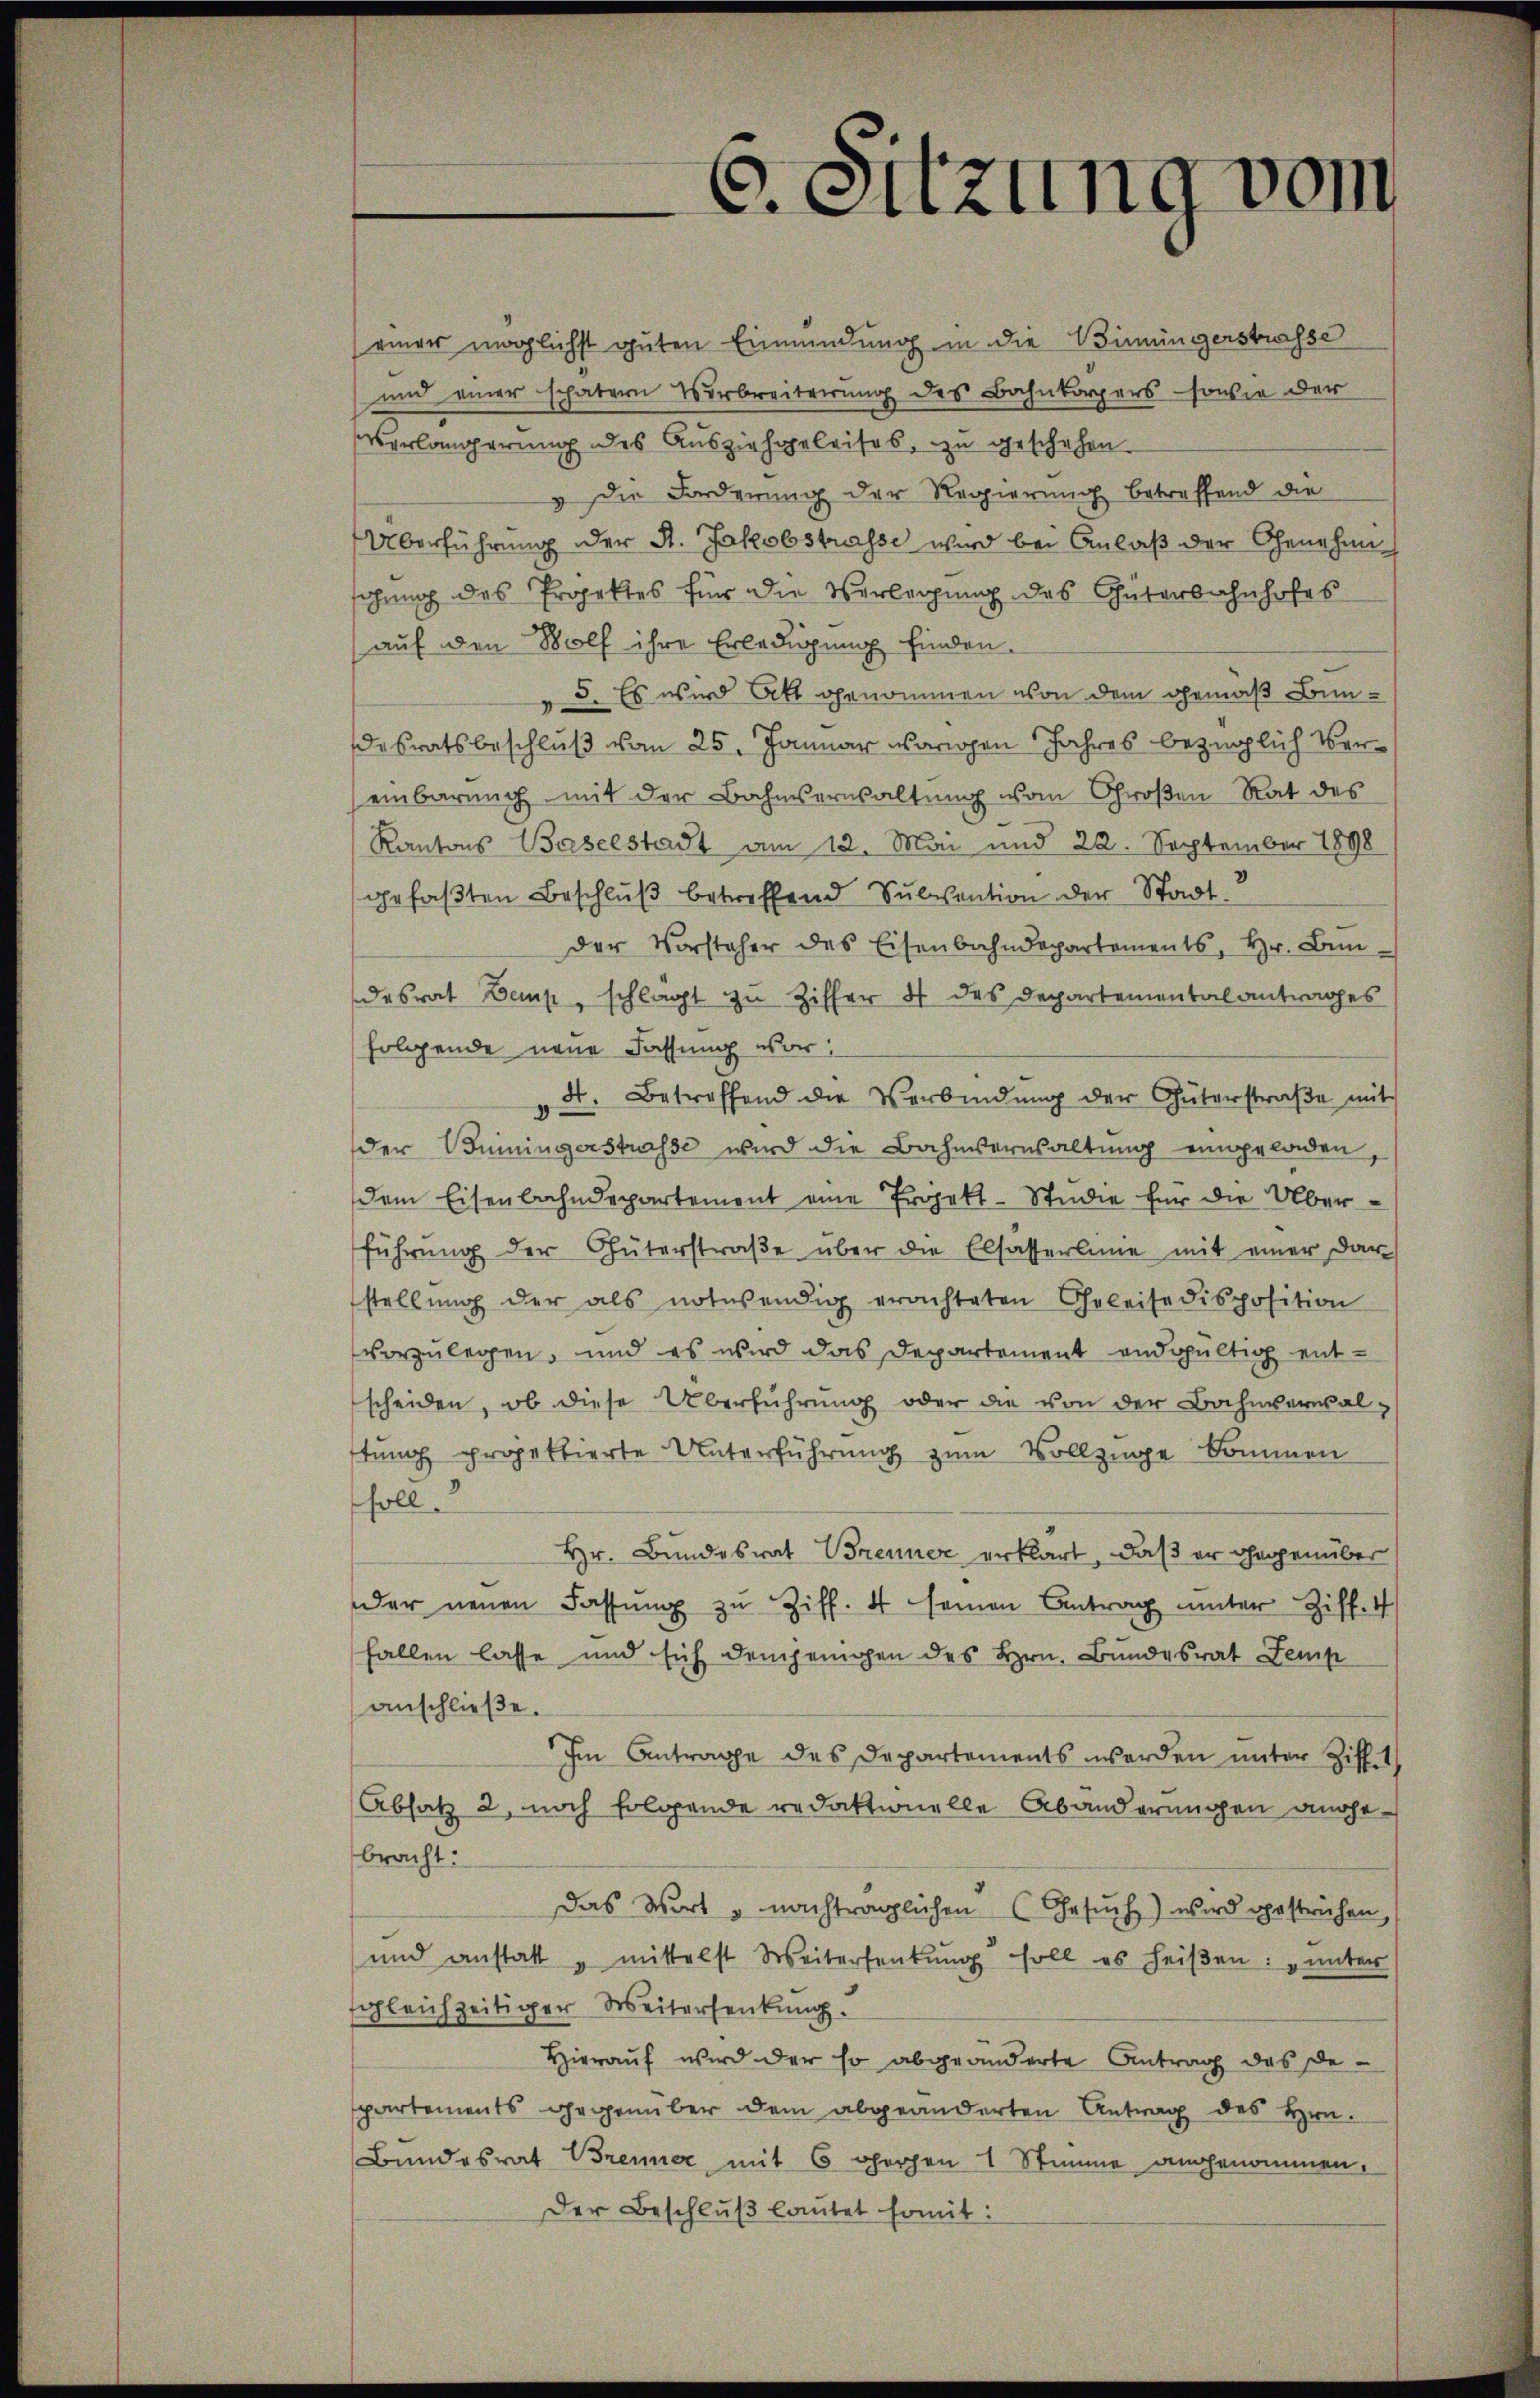
seiner möglichst guten Einmündung in die Bimüngerstrasse
und einer schatern Verbreiterung des Bahnkörpers sowie der
Verlängerung des Ausziehgeleises, zu geschehen
& die Forderung der Regierung betreffend die
Überführung der St. Jakobstrasse wird bei Anlaß der Genehmischung des Projektes für die Verlegung des Güterbahnhofes
auf den Wolf ihre Erledigung finden.
5. Es wird bett genommen von dem gemäß Bündesratsbeschluß vom 25. Januar vorigen Jahres bezüglich Vereinbarung mit der Bahmserwaltung vom Großen Rat des
Kantons Baselstadt am 12. Mai und 22. September 1898
gefaβten Beschluß betreffend Subvention der Stadt.
der Vorsteher des Eisenbahndepartements, Hr. Bŭn
desrat Demp, schlagt zu Ziffer 4 des Departementalantrages
folgende neue Fassung vor:
4. Betreffend die Verbindŭng der Güterstraβe mit
der Beiningerstrasse wird die Bahnsernsaltung eingeladen,
dem Eisenbahndepartement eine Projekt - Studie für die Überführŭng der Güterstraβe über die Elsasserline mit einer dar
stellŭng der als notwendig erachteten Geleise disposition
vorzulegen, und es wird das Departement endgültig entscheiden, ob diese Überführung oder die von der Bahnversal-
stung projektierte Unterführung zum Vollzuge kommen
soll.
Hr. Bundesrat Brenner erklärt, daß er gegenüber
der neuen Fassŭng zu Ziff. 4 seinen Antrag unter Ziff. 4
fallen lasse und sich demjenigen des Hrn. Bundesrat Zemp
anschließe.
Im Antrage des Departements werden unter Ziff. 1
Absatz 2, noch folgende redaktionelle Abänderungen angebracht.
Das Wort u nachträglichen (Gesŭch) wird gestrichen,
und anstatt mittelst Weiterseitŭng soll es heiβen: „unter
gleichzeitiger Weitersenkung.
Hierauf wird der so abgeänderte Antrag das De-
spartements gegenüber dem abgeänderten Antrag des Hrn.
Bundesrat Brenner mit 6 perpen 1 Stimme angenommen,
Der Beschlŭβ lautet somit:

C. Sitzung vom